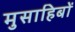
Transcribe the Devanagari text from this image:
मुसाहिबों